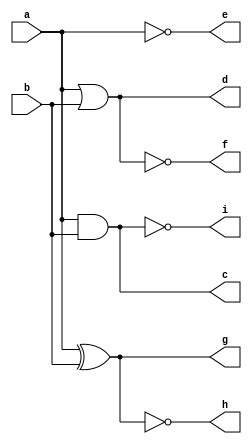
module logic_gate(
    input a,
    input b,
    output c, d, e, f, g, h, i);

assign c = a & b;   
assign d = a | b;   
assign e = ~a;      
assign f = ~(a | b); 
assign g = a ^ b;   
assign h = ~(a ^ b); 
assign i = ~(a & b); 

endmodule